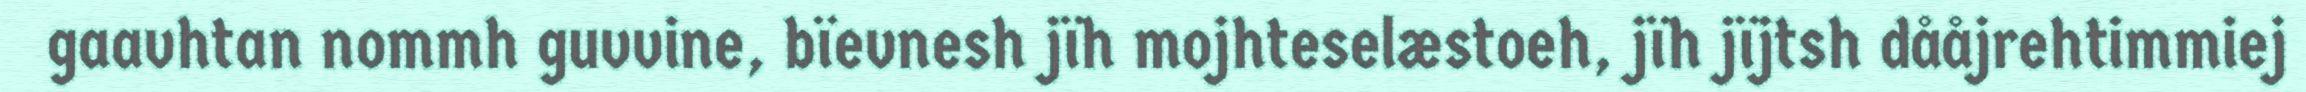
gaavhtan nommh guvvine, bïevnesh jïh mojhteselæstoeh, jïh jïjtsh dååjrehtimmiej